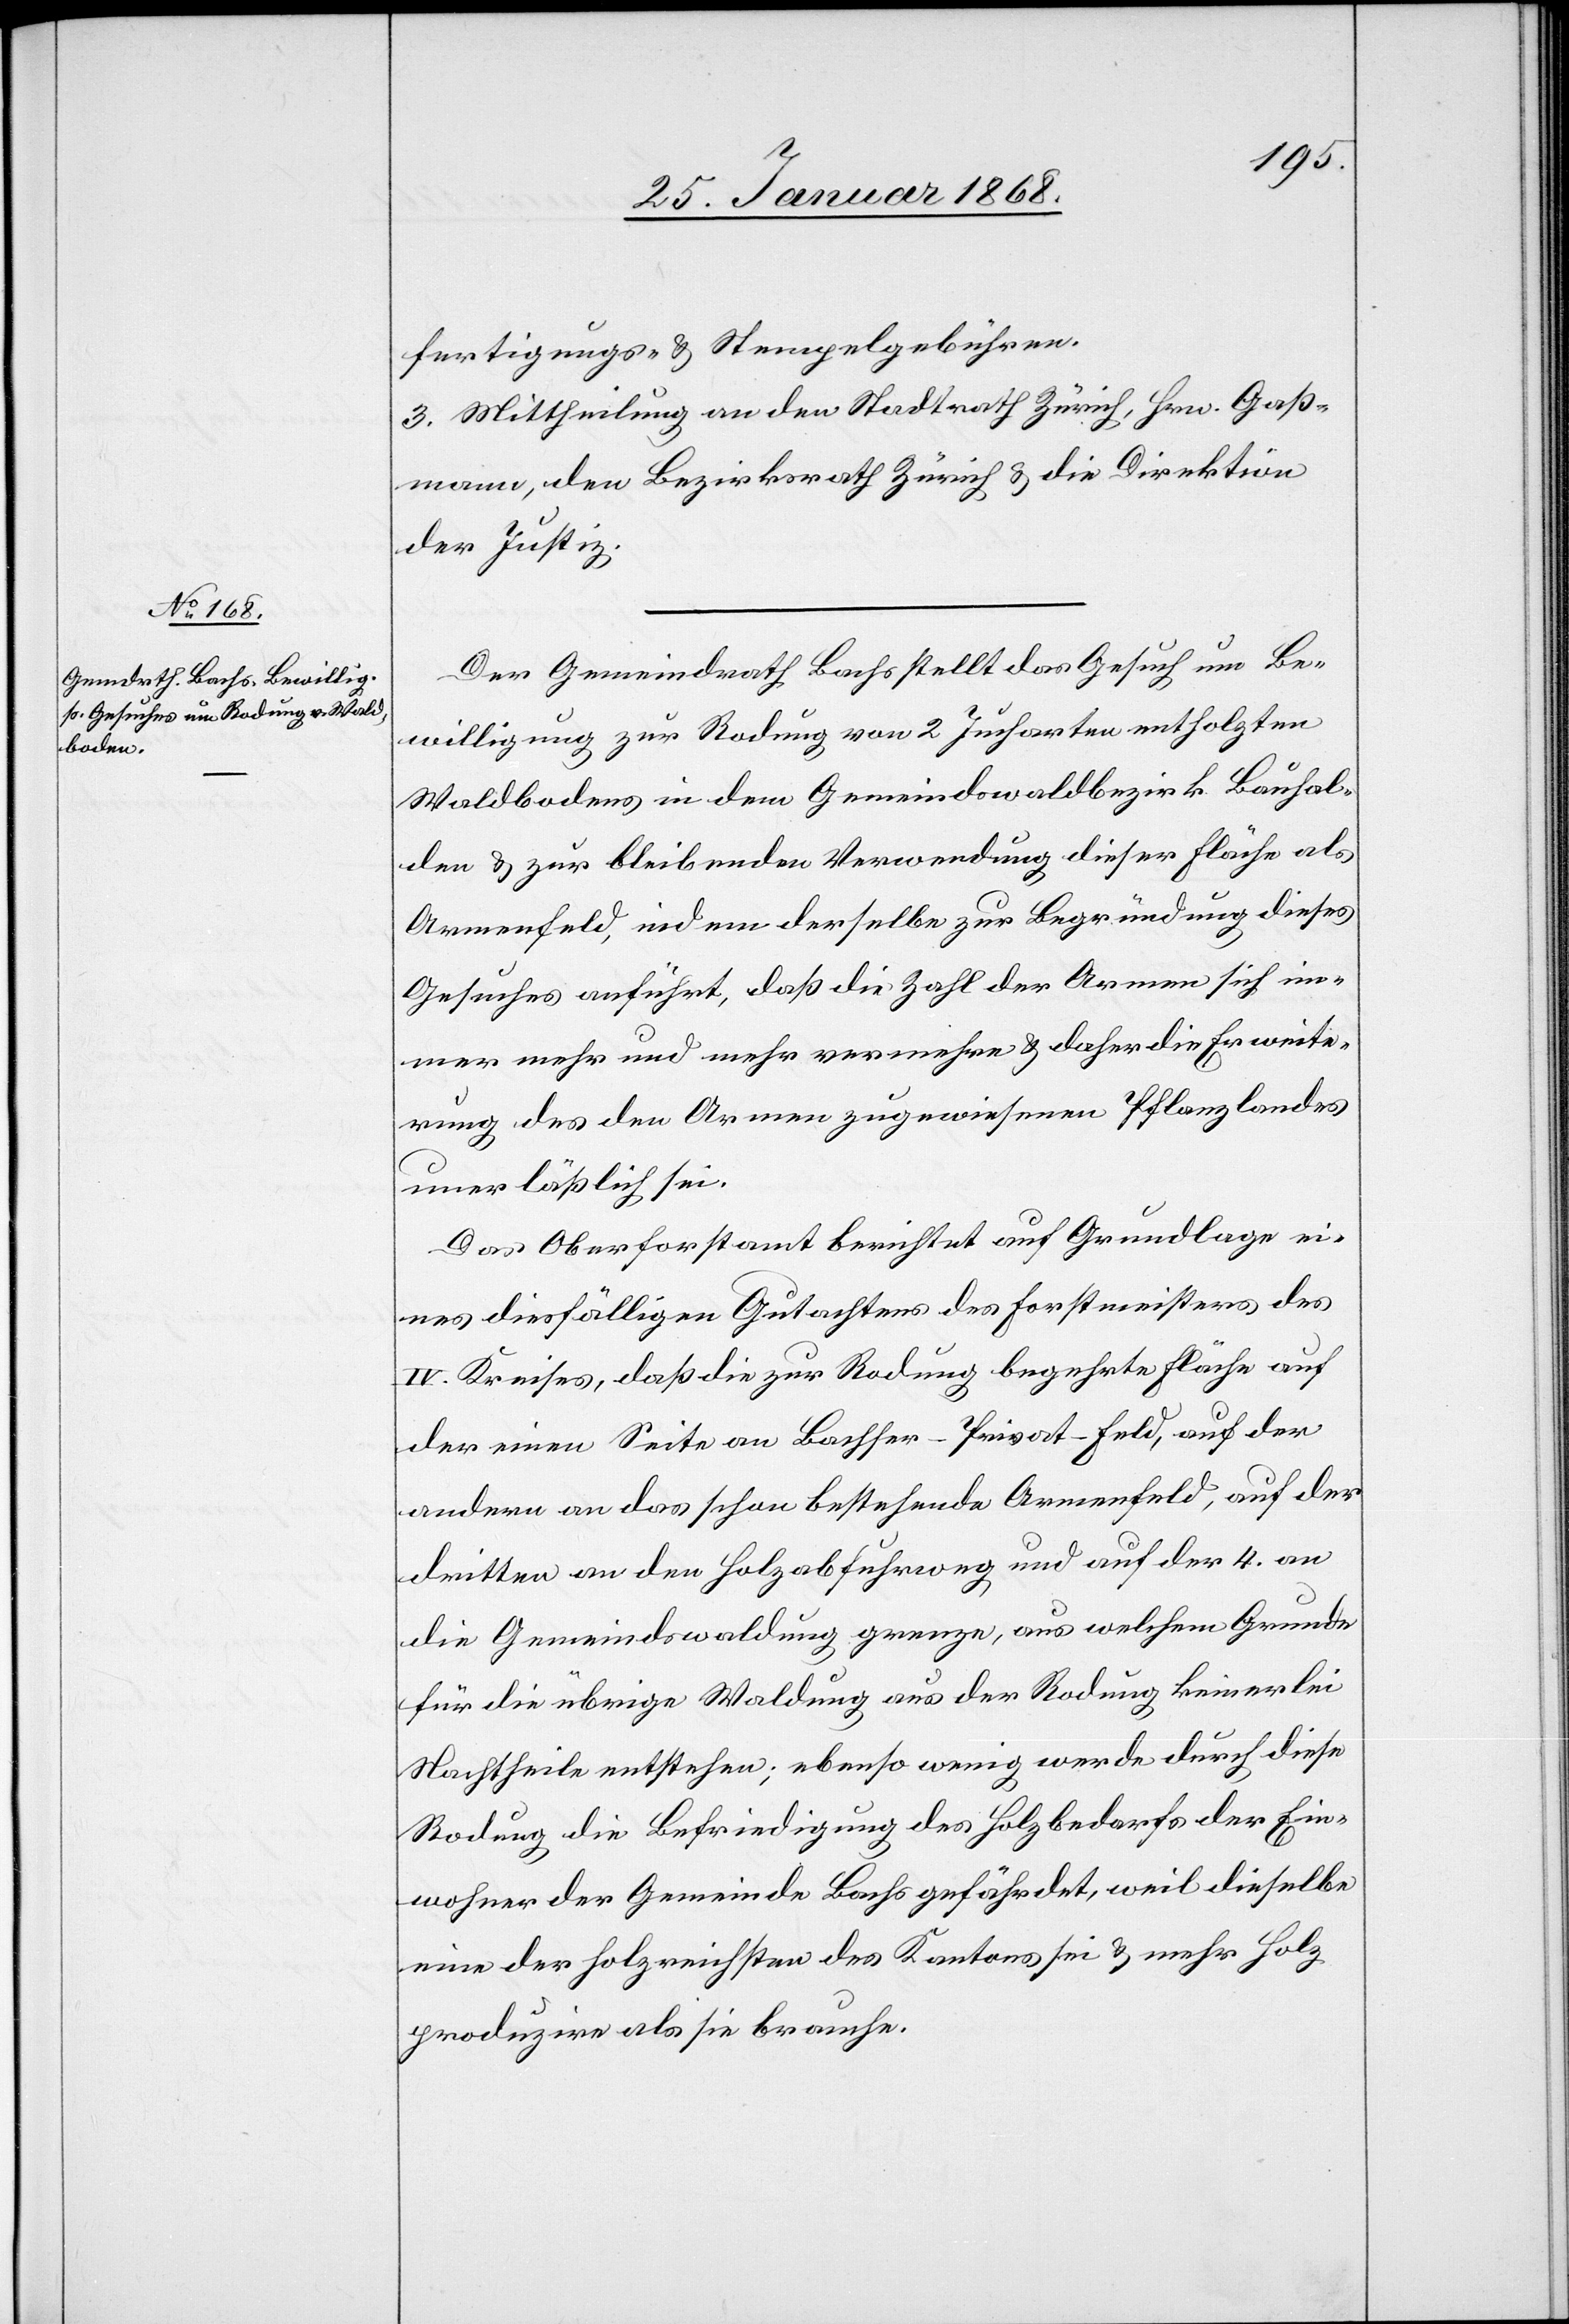
fertigungs- & Stempelgebühren.
3. Mittheilung an den Stadtrath Zürich, Hrn. Gaß¬
mann, den Bezirksrath Zürich & die Direktion
der Justiz.
Der Gemeindrath Bachs stellt das Gesuch um Be¬
willigung zur Rodung von 2 Jucharten entholzten
Waldbodens in dem Gemeindswaldbezirk Bauhal¬
den & zur bleibenden Verwendung dieser Fläche als
Armenfeld, indem derselbe zur Begründung dieses
Gesuches anführt, daß die Zahl der Armen sich im¬
mer mehr und mehr vermehre & daher die Erweite¬
rung des den Armen zugewiesenen Pflanzlandes
unerläßlich sei.
Das Oberforstamt berichtet auf Grundlage ei¬
nes diesfälligen Gutachtens des Forstmeisters des
IV. Kreises, daß die zur Rodung begehrte Fläche auf
der einen Seite an Bachser-Privat-Feld, auf der
andern an das schon bestehende Armenfeld, auf der
dritten an den Holzabfuhrweg und auf der 4. an
die Gemeindswaldung grenze, aus welchem Grunde
für die übrige Waldung aus der Rodung keinerlei
Nachtheile entstehen; ebenso wenig werde durch diese
Rodung die Befriedigung des Holzbedarfs der Ein¬
wohner der Gemeinde Bachs gefährdet, weil dieselbe
eine der holzreichsten des Kantons sei & mehr Holz
produzire als sie brauche.